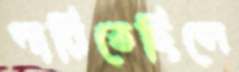
পারিতেছিলে